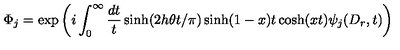
\Phi _ { j } = \exp \left( i \int _ { 0 } ^ { \infty } \frac { d t } { t } \sinh ( 2 h \theta t / \pi ) \sinh ( 1 - x ) t \cosh ( x t ) \psi _ { j } ( D _ { r } , t ) \right)